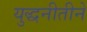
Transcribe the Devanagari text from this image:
युद्धनीतीने